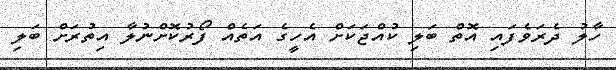
ހާލު ދެރަވެފައި އޮތް ބަލި ކުއްޖަކަށް އެހީގެ އަތެއް ފޯރުކޮށްނުލާ އިތުރަށް ބަލި